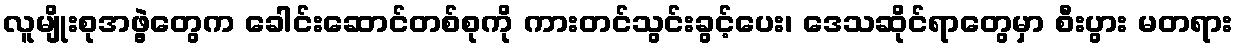
လူမျိုးစုအဖွဲ့တွေက ခေါင်းဆောင်တစ်စုကို ကားတင်သွင်းခွင့်ပေး၊ ဒေသဆိုင်ရာတွေမှာ စီးပွား မတရား